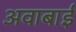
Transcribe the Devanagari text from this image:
अवाबाई